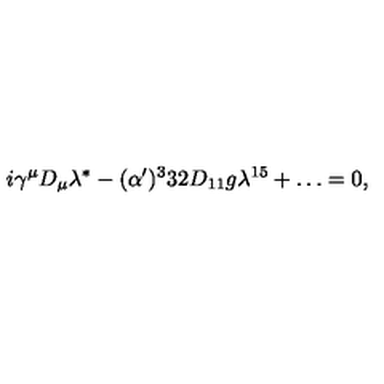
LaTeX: { i \gamma ^ { \mu } D _ { \mu } \lambda ^ { * } - ( \alpha ^ { \prime } ) ^ { 3 } 3 2 D _ { 1 1 } g \lambda ^ { 1 5 } + \dots = 0 , }